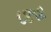
૮૪૧૪